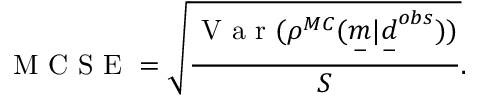
\mathrm { ~ M ~ C ~ S ~ E ~ } = \sqrt { \frac { \mathrm { ~ V ~ a ~ r ~ } ( \rho ^ { M C } ( \underset { - } { m } | \underset { - } { d } ^ { o b s } ) ) } { S } } .